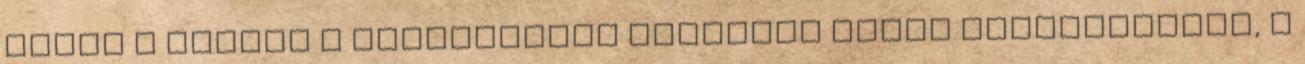
miatt a nyomás a korlátozott térfogat miatt megnövekszik, s